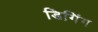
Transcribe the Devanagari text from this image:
डिगिंग